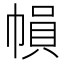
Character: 𢄙